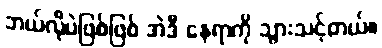
ဘယ်လိုပဲဖြစ်ဖြစ် အဲဒီ နေရာကို သွားသင့်တယ်။